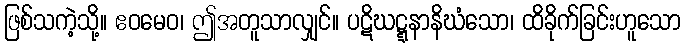
ဖြစ်သကဲ့သို့။ ဧဝမေဝ၊ ဤအတူသာလျှင်။ ပဋိဃဋ္ဋနာနိဃံသော၊ ထိခိုက်ခြင်းဟူသော